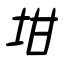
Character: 坩